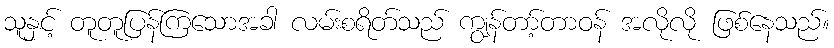
သူနှင့် တူတူပြန်ကြသောအခါ လမ်းစရိတ်သည် ကျွန်တာ့်တာဝန် အလိုလို ဖြစ်နေသည်။